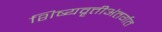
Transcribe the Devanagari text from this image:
शिष्यवृत्तीअंतर्गत